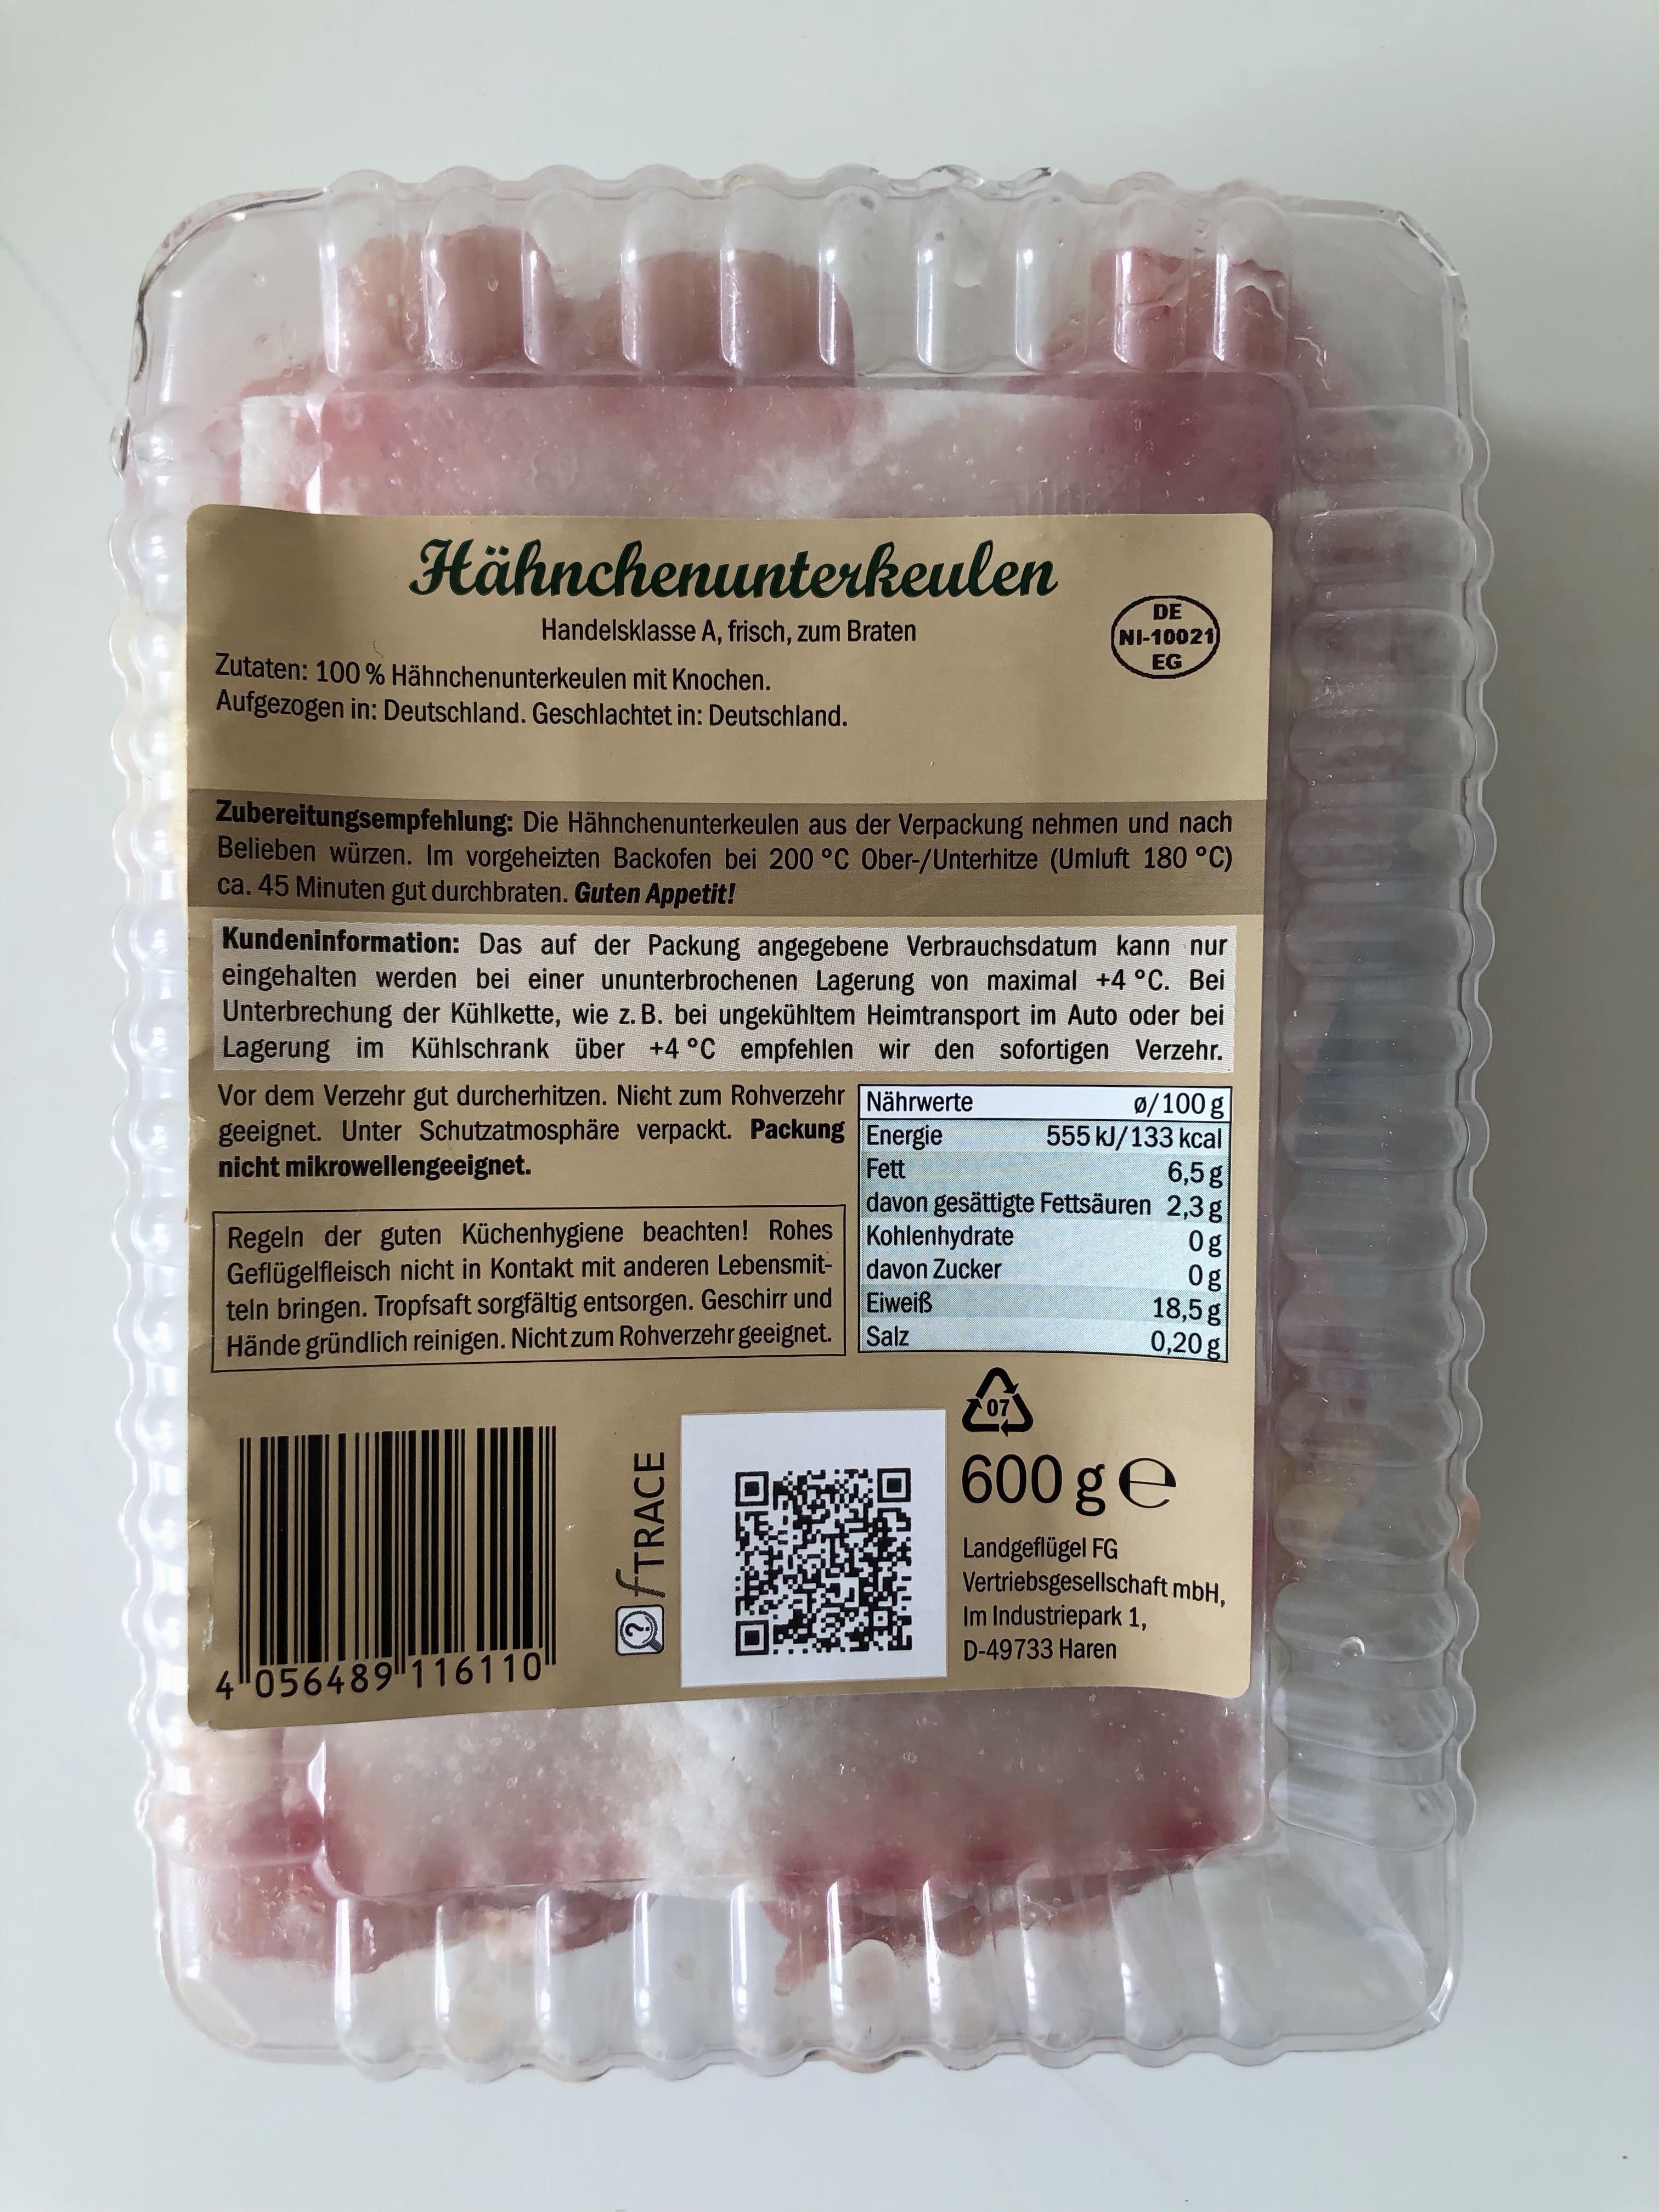
Hähnchenunterkeulen
DE NI-10021 EG
Handelsklasse A, frisch, zum Braten
Zutaten: 100 % Hähnchenunterkeulen mit Knochen. Aufgezogen in: Deutschland. Geschlachtet in: Deutschland.
Zubereitungsempfehlung: Die Hähnchenunterkeulen aus der Verpackung nehmen und nach Belieben würzen. Im vorgeheizten Backofen bei 200 °C Ober-/Unterhitze (Umluft 180 °C) ca. 45 Minuten gut durchbraten. Guten Appetit!
Kundeninformation: Das auf der Packung angegebene Verbrauchsdatum kann nur eingehalten werden bei einer ununterbrochenen Lagerung von maximal +4 °C. Bei Unterbrechung der Kühlkette, wie z. B. bei ungekühltem Heimtransport im Auto oder bei Lagerung im Kühlschrank über +4 °C empfehlen wir den sofortigen Verzehr.
Vor dem Verzehr gut durcherhitzen. Nicht zum Rohverzehr Nährwerte geeignet. Unter Schutzatmosphäre verpackt. Packung Energie nicht mikrowellengeeignet.
Ø/100 g 555 kJ/133 kcal 6,5g davon gesättigte Fettsäuren 2,3 g
Fett
Regeln der guten Küchenhygiene beachten! Rohes Kohlenhydrate Geflügelfleisch nicht in Kontakt mit anderen Lebensmit- teln bringen. Tropfsaft sorgfältig entsorgen. Geschirr und Hände gründlich reinigen. Nicht zum Rohverzehr geeignet. Salz
0g 0g 18,5 g 0,20g
davon Zucker Eiweiß
600 ge
Landgeflügel FG Vertriebsgesellschaft mbH, Im Industriepark 1,
D-49733 Haren
4 056489 116110
OTRACE